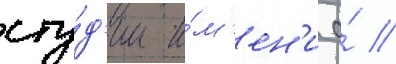
сту́д'ии и́м'ен'и а́ //